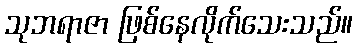
သုဘရာဇာ ဖြစ်နေလိုက်သေးသည်။